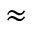
\approx